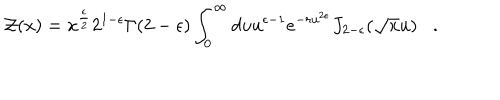
{ \cal Z } ( x ) = x ^ { \frac { \epsilon } { 2 } } 2 ^ { 1 - \epsilon } \Gamma ( 2 - \epsilon ) \int _ { 0 } ^ { \infty } d u u ^ { \epsilon - 1 } e ^ { - r u ^ { 2 \epsilon } } J _ { 2 - \epsilon } ( { \sqrt x } u ) .